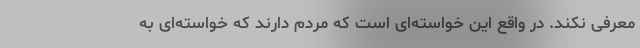
معرفی نکند. در واقع این خواسته‌ای است که مردم دارند که خواسته‌ای به